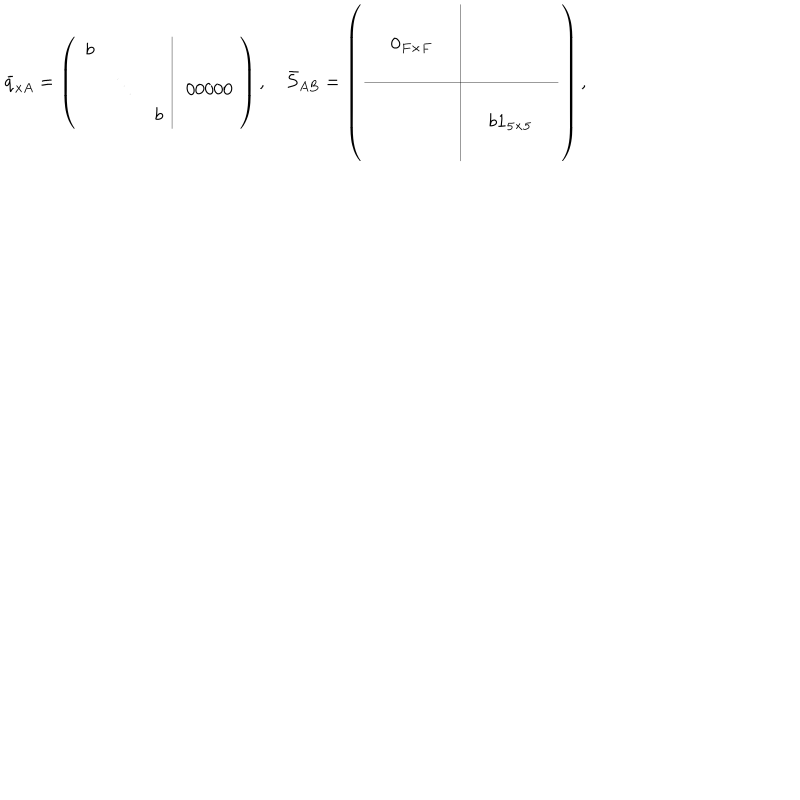
\bar { q } _ { x A } = \left( \begin{array} { c c c | c } { { b } } & { { } } & { { } } & { { } } \\ { { } } & { { \ddots } } & { { } } & { { ~ 0 0 0 0 0 \! } } \\ { { } } & { { } } & { { b } } & { { } } \\ \end{array} \right) , \quad \bar { S } _ { A B } = \left( \begin{array} { c c c | c c c } { { } } & { { } } & { { } } & { { } } & { { } } & { { } } \\ { { } } & { { { \bf { 0 } } _ { F \times F } } } & { { } } & { { } } & { { } } & { { } } \\ { { } } & { { } } & { { } } & { { } } & { { } } & { { } } \\ \hline { { } } & { { } } & { { } } & { { } } & { { } } & { { } } \\ { { } } & { { } } & { { } } & { { } } & { { b { \bf 1 } _ { 5 \times 5 } } } & { { } } \\ { { } } & { { } } & { { } } & { { } } & { { } } & { { } } \\ \end{array} \right) ,